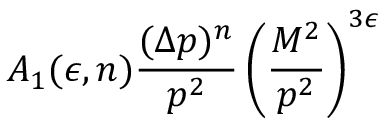
A _ { 1 } ( \epsilon , n ) \frac { ( \Delta p ) ^ { n } } { p ^ { 2 } } \left( \frac { M ^ { 2 } } { p ^ { 2 } } \right) ^ { 3 \epsilon }